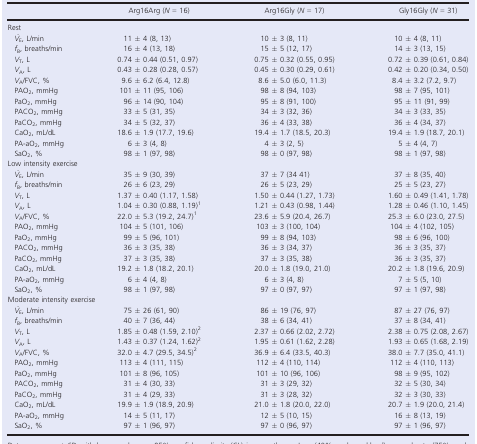
<table><thead><tr><td></td><td><b>Arg16Arg (<i>N</i> = 16)</b></td><td><b>Arg16Gly (<i>N</i> = 17)</b></td><td><b>Gly16Gly (<i>N</i> = 31)</b></td></tr></thead><tbody><tr><td colspan="4">Rest</td></tr><tr><td><i>V̇</i><sub>E</sub>, L/min</td><td>11 ± 4 (8, 13)</td><td>10 ± 3 (8, 11)</td><td>10 ± 4 (8, 11)</td></tr><tr><td><i>f</i><sub>B</sub>, breaths/min</td><td>16 ± 4 (13, 18)</td><td>15 ± 5 (12, 17)</td><td>14 ± 3 (13, 15)</td></tr><tr><td><i>V</i><sub>T</sub>, L</td><td>0.74 ± 0.44 (0.51, 0.97)</td><td>0.75 ± 0.32 (0.55, 0.95)</td><td>0.72 ± 0.39 (0.61, 0.84)</td></tr><tr><td><i>V</i><sub>A</sub>, L</td><td>0.43 ± 0.28 (0.28, 0.57)</td><td>0.45 ± 0.30 (0.29, 0.61)</td><td>0.42 ± 0.20 (0.34, 0.50)</td></tr><tr><td><i>V</i><sub>A</sub>/FVC, %</td><td>9.6 ± 6.2 (6.4, 12.8)</td><td>8.6 ± 5.0 (6.0, 11.3)</td><td>8.4 ± 3.2 (7.2, 9.7)</td></tr><tr><td>PAO<sub>2</sub>, mmHg</td><td>101 ± 11 (95, 106)</td><td>98 ± 8 (94, 103)</td><td>98 ± 7 (95, 101)</td></tr><tr><td>PaO<sub>2</sub>, mmHg</td><td>96 ± 14 (90, 104)</td><td>95 ± 8 (91, 100)</td><td>95 ± 11 (91, 99)</td></tr><tr><td>PACO<sub>2</sub>, mmHg</td><td>33 ± 5 (31, 35)</td><td>34 ± 3 (32, 36)</td><td>34 ± 3 (33, 35)</td></tr><tr><td>PaCO<sub>2</sub>, mmHg</td><td>34 ± 5 (32, 37)</td><td>36 ± 4 (33, 38)</td><td>36 ± 4 (34, 37)</td></tr><tr><td>CaO<sub>2</sub>, mL/dL</td><td>18.6 ± 1.9 (17.7, 19.6)</td><td>19.4 ± 1.7 (18.5, 20.3)</td><td>19.4 ± 1.9 (18.7, 20.1)</td></tr><tr><td>PA‐aO<sub>2</sub>, mmHg</td><td>6 ± 3 (4, 8)</td><td>4 ± 3 (2, 5)</td><td>5 ± 4 (4, 7)</td></tr><tr><td>SaO<sub>2</sub>, %</td><td>98 ± 1 (97, 98)</td><td>98 ± 0 (97, 98)</td><td>98 ± 1 (97, 98)</td></tr><tr><td colspan="4">Low intensity exercise</td></tr><tr><td><i>V̇</i><sub>E</sub>, L/min</td><td>35 ± 9 (30, 39)</td><td>37 ± 7 (34 41)</td><td>37 ± 8 (35, 40)</td></tr><tr><td><i>f</i><sub>B</sub>, breaths/min</td><td>26 ± 6 (23, 29)</td><td>26 ± 5 (23, 29)</td><td>25 ± 5 (23, 27)</td></tr><tr><td><i>V</i><sub>T</sub>, L</td><td>1.37 ± 0.40 (1.17, 1.58)</td><td>1.50 ± 0.44 (1.27, 1.73)</td><td>1.60 ± 0.49 (1.41, 1.78)</td></tr><tr><td><i>V</i><sub>A</sub>, L</td><td>1.04 ± 0.30 (0.88, 1.19)a</td><td>1.21 ± 0.43 (0.98, 1.44)</td><td>1.28 ± 0.46 (1.10, 1.45)</td></tr><tr><td><i>V</i><sub>A</sub>/FVC, %</td><td>22.0 ± 5.3 (19.2, 24.7)a</td><td>23.6 ± 5.9 (20.4, 26.7)</td><td>25.3 ± 6.0 (23.0, 27.5)</td></tr><tr><td>PAO<sub>2</sub>, mmHg</td><td>104 ± 5 (101, 106)</td><td>103 ± 3 (100, 104)</td><td>104 ± 4 (102, 105)</td></tr><tr><td>PaO<sub>2</sub>, mmHg</td><td>99 ± 5 (96, 101)</td><td>99 ± 8 (94, 103)</td><td>98 ± 6 (96, 100)</td></tr><tr><td>PACO<sub>2</sub>, mmHg</td><td>36 ± 3 (35, 38)</td><td>36 ± 3 (34, 37)</td><td>36 ± 3 (35, 37)</td></tr><tr><td>PaCO<sub>2</sub>, mmHg</td><td>37 ± 3 (35, 38)</td><td>37 ± 3 (35, 38)</td><td>36 ± 3 (35, 37)</td></tr><tr><td>CaO<sub>2</sub>, mL/dL</td><td>19.2 ± 1.8 (18.2, 20.1)</td><td>20.0 ± 1.8 (19.0, 21.0)</td><td>20.2 ± 1.8 (19.6, 20.9)</td></tr><tr><td>PA‐aO<sub>2</sub>, mmHg</td><td>6 ± 4 (4, 8)</td><td>6 ± 3 (4, 8)</td><td>7 ± 5 (5, 10)</td></tr><tr><td>SaO<sub>2</sub>, %</td><td>98 ± 1 (97, 98)</td><td>97 ± 0 (97, 97)</td><td>97 ± 1 (97, 98)</td></tr><tr><td colspan="4">Moderate intensity exercise</td></tr><tr><td><i>V̇</i><sub>E</sub>, L/min</td><td>75 ± 26 (61, 90)</td><td>86 ± 19 (76, 97)</td><td>87 ± 27 (76, 97)</td></tr><tr><td><i>f</i><sub>B</sub>, breaths/min</td><td>40 ± 7 (36, 44)</td><td>38 ± 6 (34, 41)</td><td>37 ± 8 (34, 41)</td></tr><tr><td><i>V</i><sub>T</sub>, L</td><td>1.85 ± 0.48 (1.59, 2.10)b</td><td>2.37 ± 0.66 (2.02, 2.72)</td><td>2.38 ± 0.75 (2.08, 2.67)</td></tr><tr><td><i>V</i><sub>A</sub>, L</td><td>1.43 ± 0.37 (1.24, 1.62)b</td><td>1.95 ± 0.61 (1.62, 2.28)</td><td>1.93 ± 0.65 (1.68, 2.19)</td></tr><tr><td><i>V</i><sub>A</sub>/FVC, %</td><td>32.0 ± 4.7 (29.5, 34.5)b</td><td>36.9 ± 6.4 (33.5, 40.3)</td><td>38.0 ± 7.7 (35.0, 41.1)</td></tr><tr><td>PAO<sub>2</sub>, mmHg</td><td>113 ± 4 (111, 115)</td><td>112 ± 4 (110, 114)</td><td>112 ± 4 (110, 113)</td></tr><tr><td>PaO<sub>2</sub>, mmHg</td><td>101 ± 8 (96, 105)</td><td>101 ± 10 (96, 106)</td><td>98 ± 9 (95, 102)</td></tr><tr><td>PACO<sub>2</sub>, mmHg</td><td>31 ± 4 (30, 33)</td><td>31 ± 3 (29, 32)</td><td>32 ± 5 (30, 34)</td></tr><tr><td>PaCO<sub>2</sub>, mmHg</td><td>31 ± 4 (29, 33)</td><td>31 ± 3 (28, 32)</td><td>32 ± 3 (30, 33)</td></tr><tr><td>CaO<sub>2</sub>, mL/dL</td><td>19.9 ± 1.9 (18.9, 20.9)</td><td>21.0 ± 1.8 (20.0, 22.0)</td><td>20.7 ± 1.9 (20.0, 21.4)</td></tr><tr><td>PA‐aO<sub>2</sub>, mmHg</td><td>14 ± 5 (11, 17)</td><td>12 ± 5 (10, 15)</td><td>16 ± 8 (13, 19)</td></tr><tr><td>SaO<sub>2</sub>, %</td><td>97 ± 1 (96, 97)</td><td>97 ± 0 (96, 97)</td><td>97 ± 1 (96, 97)</td></tr></tbody></table>